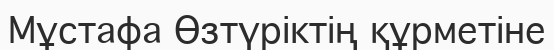
Мұстафа Өзтүрiктің құрметіне